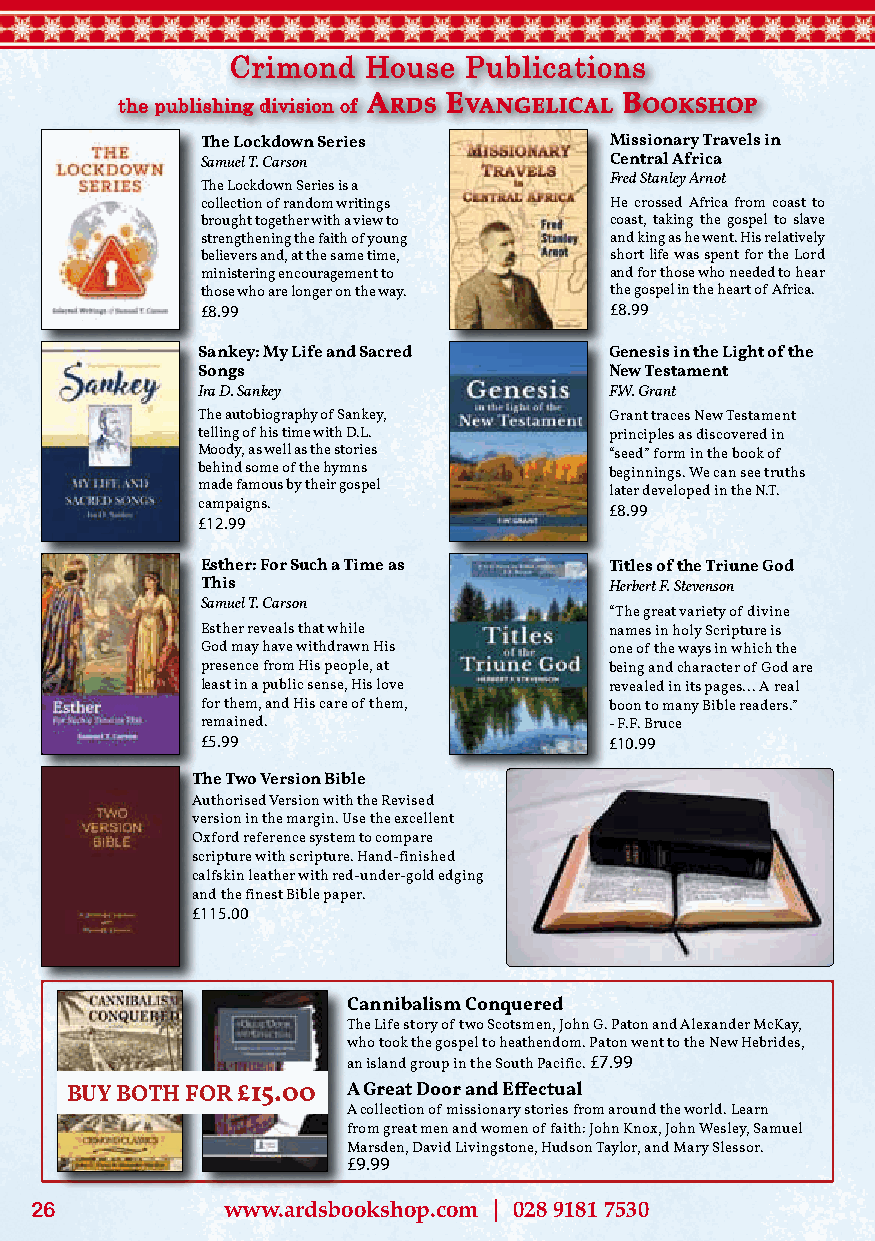
Crimond  House  Publications
 the publishing division of
 A
 rds
 E
 vAngElicAl
 B
 ookshop
 The Lockdown Series        Missionary Travels in
 Samuel T. Carson           Central Africa
 Fred Stanley Arnot
 The Lockdown Series is a
 collection of random writings He crossed Africa from coast to
 brought together with a view to coast, taking the gospel to slave
 strengthening the faith of young and king as he went. His relatively
 believers and, at the same time, short life was spent for the Lord
 ministering encouragement to and for those who needed to hear
 those who are longer on the way. the gospel in the heart of Africa.
 £8.99                      £8.99
 Sankey: My Life and Sacred Genesis in the Light of the
 Songs                      New Testament
 Ira D. Sankey              F.W. Grant
 The autobiography of Sankey, Grant traces New Testament
 telling of his time with D.L. principles as discovered in
 Moody, as well as the stories “seed” form in the book of
 behind some of the hymns   beginnings. We can see truths
 made famous by their gospel
 later developed in the N.T.
 campaigns.                 £8.99
 £12.99
 Esther: For Such a Time as Titles of the Triune God
 This                       Herbert F. Stevenson
 Samuel T. Carson
 “The great variety of divine
 Esther reveals that while  names in holy Scripture is
 God may have withdrawn His one of the ways in which the
 presence from His people, at being and character of God are
 least in a public sense, His love revealed in its pages... A real
 for them, and His care of them, boon to many Bible readers.”
 remained.                  - F.F. Bruce
 £5.99                      £10.99
 The Two Version Bible
 Authorised Version with the Revised
 version in the margin. Use the excellent
 Oxford reference system to compare
 scripture with scripture. Hand-finished
 calfskin leather with red-under-gold edging
 and the finest Bible paper.
 £115.00
 Cannibalism Conquered
 The Life story of two Scotsmen, John G. Paton and Alexander McKay,
 who took the gospel to heathendom. Paton went to the New Hebrides,
 an island group in the South Pacific. £7.99
 BUY BOTH FOR £15.00 A Great Door and Effectual
 A collection of missionary stories from around the world. Learn
 from great men and women of faith: John Knox, John Wesley, Samuel
 Marsden, David Livingstone, Hudson Taylor, and Mary Slessor.
 £9.99
 26           www.ardsbookshop.com | 028 9181 7530